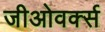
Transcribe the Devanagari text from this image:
जीओवर्क्स